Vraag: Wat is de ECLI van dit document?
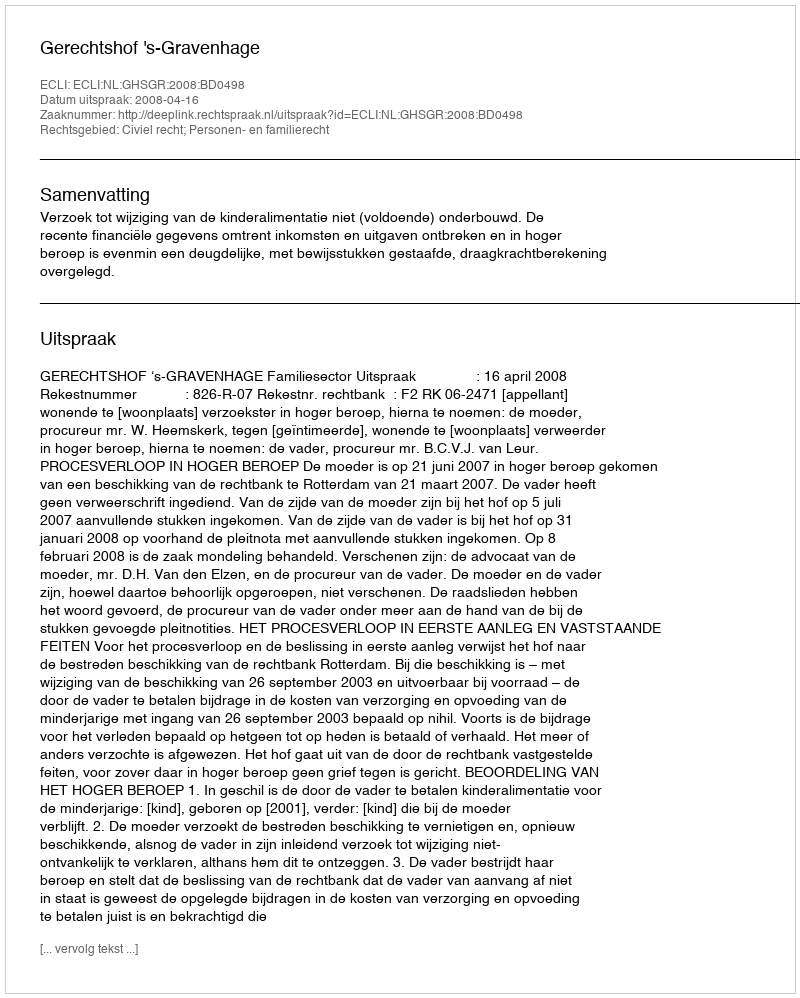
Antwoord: ECLI:NL:GHSGR:2008:BD0498